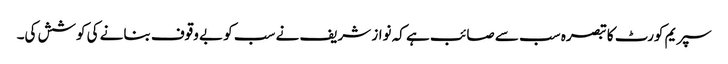
سپریم کورٹ کا تبصرہ سب سے صائب ہے کہ نواز شریف نے سب کو بے وقوف بنانے کی کوشش کی۔